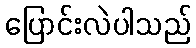
ပြောင်းလဲပါသည်